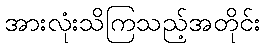
အားလုံးသိကြသည့်အတိုင်း